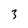
Character: 3